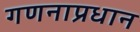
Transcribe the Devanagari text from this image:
गणनाप्रधान